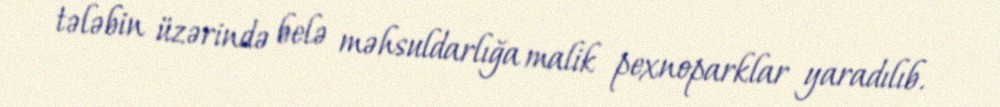
tələbin üzərində belə məhsuldarlığa malik pexnoparklar yaradılıb.